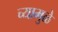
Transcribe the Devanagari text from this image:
च्यामुळे